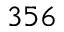
3 5 6